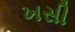
ખસી